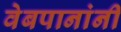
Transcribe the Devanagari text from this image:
वेबपानांनी